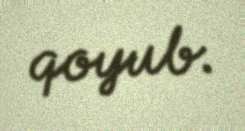
qoyub.